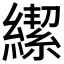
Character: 𮉄